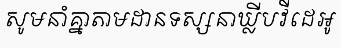
សូមនាំគ្នាតាមដានទស្សនាឃ្លីបវីដេអូ